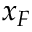
x _ { F }